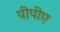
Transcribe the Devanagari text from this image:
पीपीए